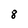
Character: 8